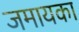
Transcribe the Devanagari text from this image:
जमायका